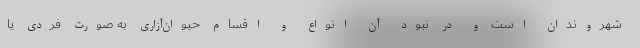
شهروندان است و در نبود آن انواع و اقسام حیوان‌آزاری به صورت فردی یا